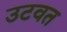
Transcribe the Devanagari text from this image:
उटवत